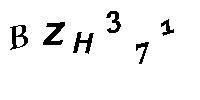
BZH371